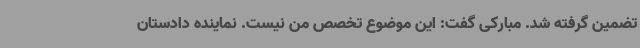
تضمین گرفته شد. مبارکی گفت: این موضوع تخصص من نیست. نماینده دادستان